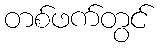
တစ်ဖက်တွင်